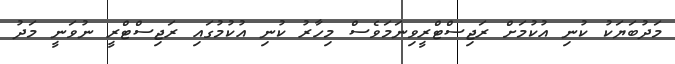
މަދުބަޔަކު ކުނި އުކުމަށް ރަޖިސްޓްރީވިނަމަވެސް މިހާރު ކުނި އުކުމުގައި ރަޖިސްޓްރީ ނުވަނީ މަދު